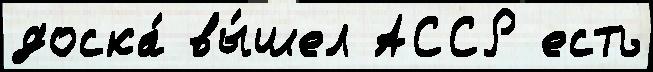
доска́ вы́шел АССР есть